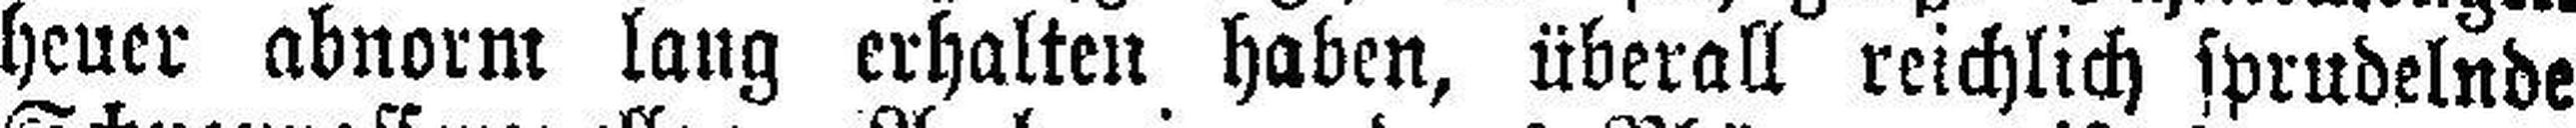
heuer abnorm lang erhalten haben, überall reichlich sprudelnde